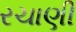
રચાણી